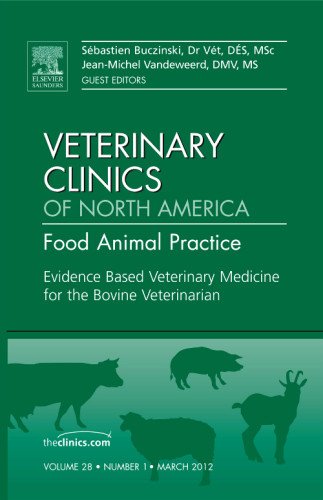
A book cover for Evidence Based Veterinary Medicine for the Bovine Veterinarian, An Issue of Veterinary Clinics: Food Animal Practice, 1e (The Clinics: Veterinary Medicine); Sebastien Buczinski Dr Vet  DES  MSc; Medical Books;